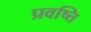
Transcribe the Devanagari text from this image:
प्रवष्त्ति